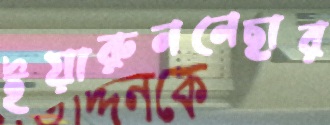
ইয়ারুননেছার